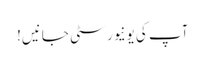
آپ کی یونیورسٹی جانیں!